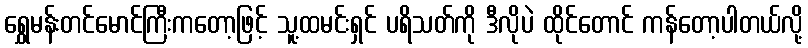
ရွှေမန်းတင်မောင်ကြီးကတော့ဖြင့် သူ့ထမင်းရှင် ပရိသတ်ကို ဒီလိုပဲ ထိုင်တောင် ကန်တော့ပါတယ်လို့